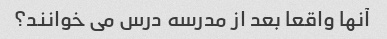
آنها واقعا بعد از مدرسه درس می خوانند؟